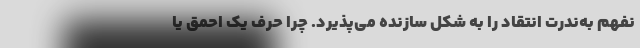
نفهم به‌ندرت انتقاد را به شکل سازنده می‌پذیرد. چرا حرف یک احمق یا